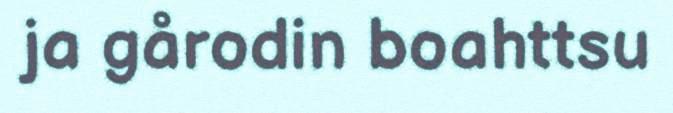
ja gårodin boahttsu